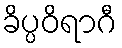
ခိပ္ပဝိရာဂီ